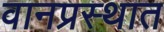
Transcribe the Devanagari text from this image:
वानप्रस्थात